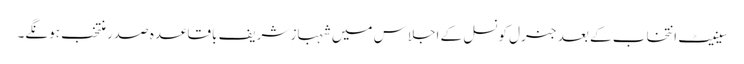
سینیٹ انتخاب کے بعد جنرل کونسل کے اجلاس میں شہباز شریف باقاعدہ صدر منتخب ہونگے۔